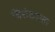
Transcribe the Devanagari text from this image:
जिरोकास्तर